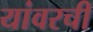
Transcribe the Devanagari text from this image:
यांवरची